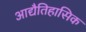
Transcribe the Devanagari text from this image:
आद्यैतिहासिक